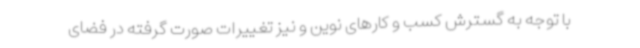
با توجه به گسترش کسب و کارهای نوین و نیز تغییرات صورت گرفته در فضای